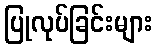
ပြုလုပ်ခြင်းများ